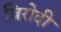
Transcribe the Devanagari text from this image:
विरोदी